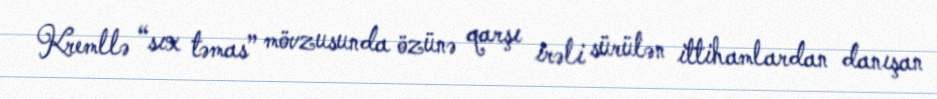
Kremllə “sıx təmas” mövzusunda özünə qarşı irəli sürülən ittihamlardan danışan